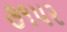
૭૧૫૨